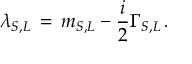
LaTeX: \lambda _ { S , L } \, = \, m _ { S , L } - \frac { i } { 2 } \Gamma _ { S , L } \, .